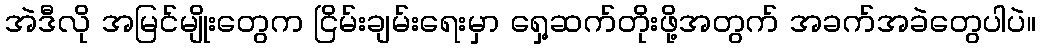
အဲဒီလို အမြင်မျိုးတွေက ငြိမ်းချမ်းရေးမှာ ရှေ့ဆက်တိုးဖို့အတွက် အခက်အခဲတွေပါပဲ။